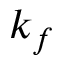
k _ { f }